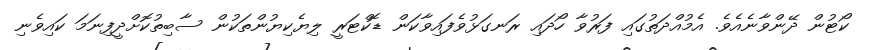
ކޯޓުން ދޭންވާނެއެވެ. އެމުއްދަތުގައި ފަރުވާ ހޯދައި ރަނގަޅުވެފައިވާކަން ޑޮކްޓަރީ ލިޔެކިޔުންތަކުން ސާބިތުކޮށްދީފިނަމަ ކައިވެނި